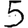
Digit: 5